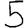
Digit: 5